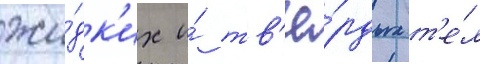
жи́дк'их и́ тв'ё́рдых т'е́л